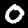
Label: 0